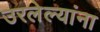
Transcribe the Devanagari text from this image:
उरलेल्यांना